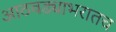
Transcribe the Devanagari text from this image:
आठवड्याभरातच